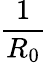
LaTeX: \frac{1}{R_{0}}